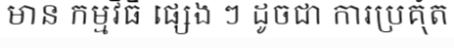
មាន កម្មវិធី ផ្សេង ៗ ដូចជា ការប្រគុំត